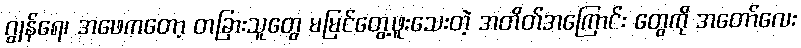
ဂျွန်ရေ၊ အဖေကတော့ တခြားသူတွေ မမြင်တွေ့ဖူးသေးတဲ့ အတိတ်အကြောင်း တွေကို အတော်လေး